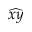
\widehat { x y }